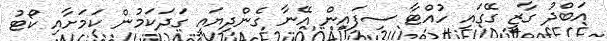
އަބްދު ގާޒީ ގޭގައި ހުއްޓާ ސިފައިން އޭނާ ގެންދިޔައީ ގަދަކަމުން ކަމަށާއި ކޯޓު